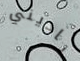
ناديني